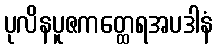
ပုလိနပူဇကတ္ထေရအပဒါနံ